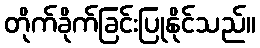
တိုက်ခိုက်ခြင်းပြုနိုင်သည်။